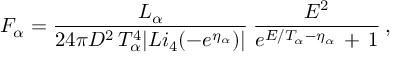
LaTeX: F _ { \alpha } = \frac { L _ { \alpha } } { 2 4 \pi D ^ { 2 } \, T _ { \alpha } ^ { 4 } | L i _ { 4 } ( - e ^ { \eta _ { \alpha } } ) | } \: \frac { E ^ { 2 } } { e ^ { E / T _ { \alpha } - \eta _ { \alpha } } \, + \, 1 } \: ,